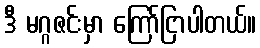
ဒီ မဂ္ဂဇင်းမှာ ကြော်ငြာပါတယ်။